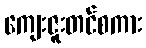
ကျေးဇူးတင်စကား